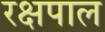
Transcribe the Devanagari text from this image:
रक्षपाल